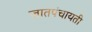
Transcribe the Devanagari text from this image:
जातपंचायती